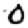
Digit: 0